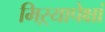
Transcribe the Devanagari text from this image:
मिऱ्यापेक्षां